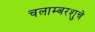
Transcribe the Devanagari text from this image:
चलाम्बरशुचे